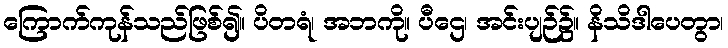
ကြောက်ကုန်သည်ဖြစ်၍။ ပိတရံ၊ အဘကို။ ပီဌေ၊ အင်းပျဉ်၌။ နိသိဒါပေတွာ၊